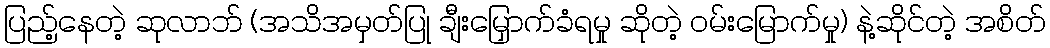
ပြည့်နေတဲ့ ဆုလာဘ် (အသိအမှတ်ပြု ချီးမြှောက်ခံရမှု ဆိုတဲ့ ဝမ်းမြောက်မှု) နဲ့ဆိုင်တဲ့ အစိတ်